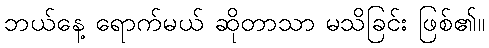
ဘယ်နေ့ ရောက်မယ် ဆိုတာသာ မသိခြင်း ဖြစ်၏။